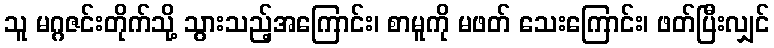
သူ မဂ္ဂဇင်းတိုက်သို့ သွားသည့်အကြောင်း၊ စာမူကို မဖတ် သေးကြောင်း၊ ဖတ်ပြီးလျှင်